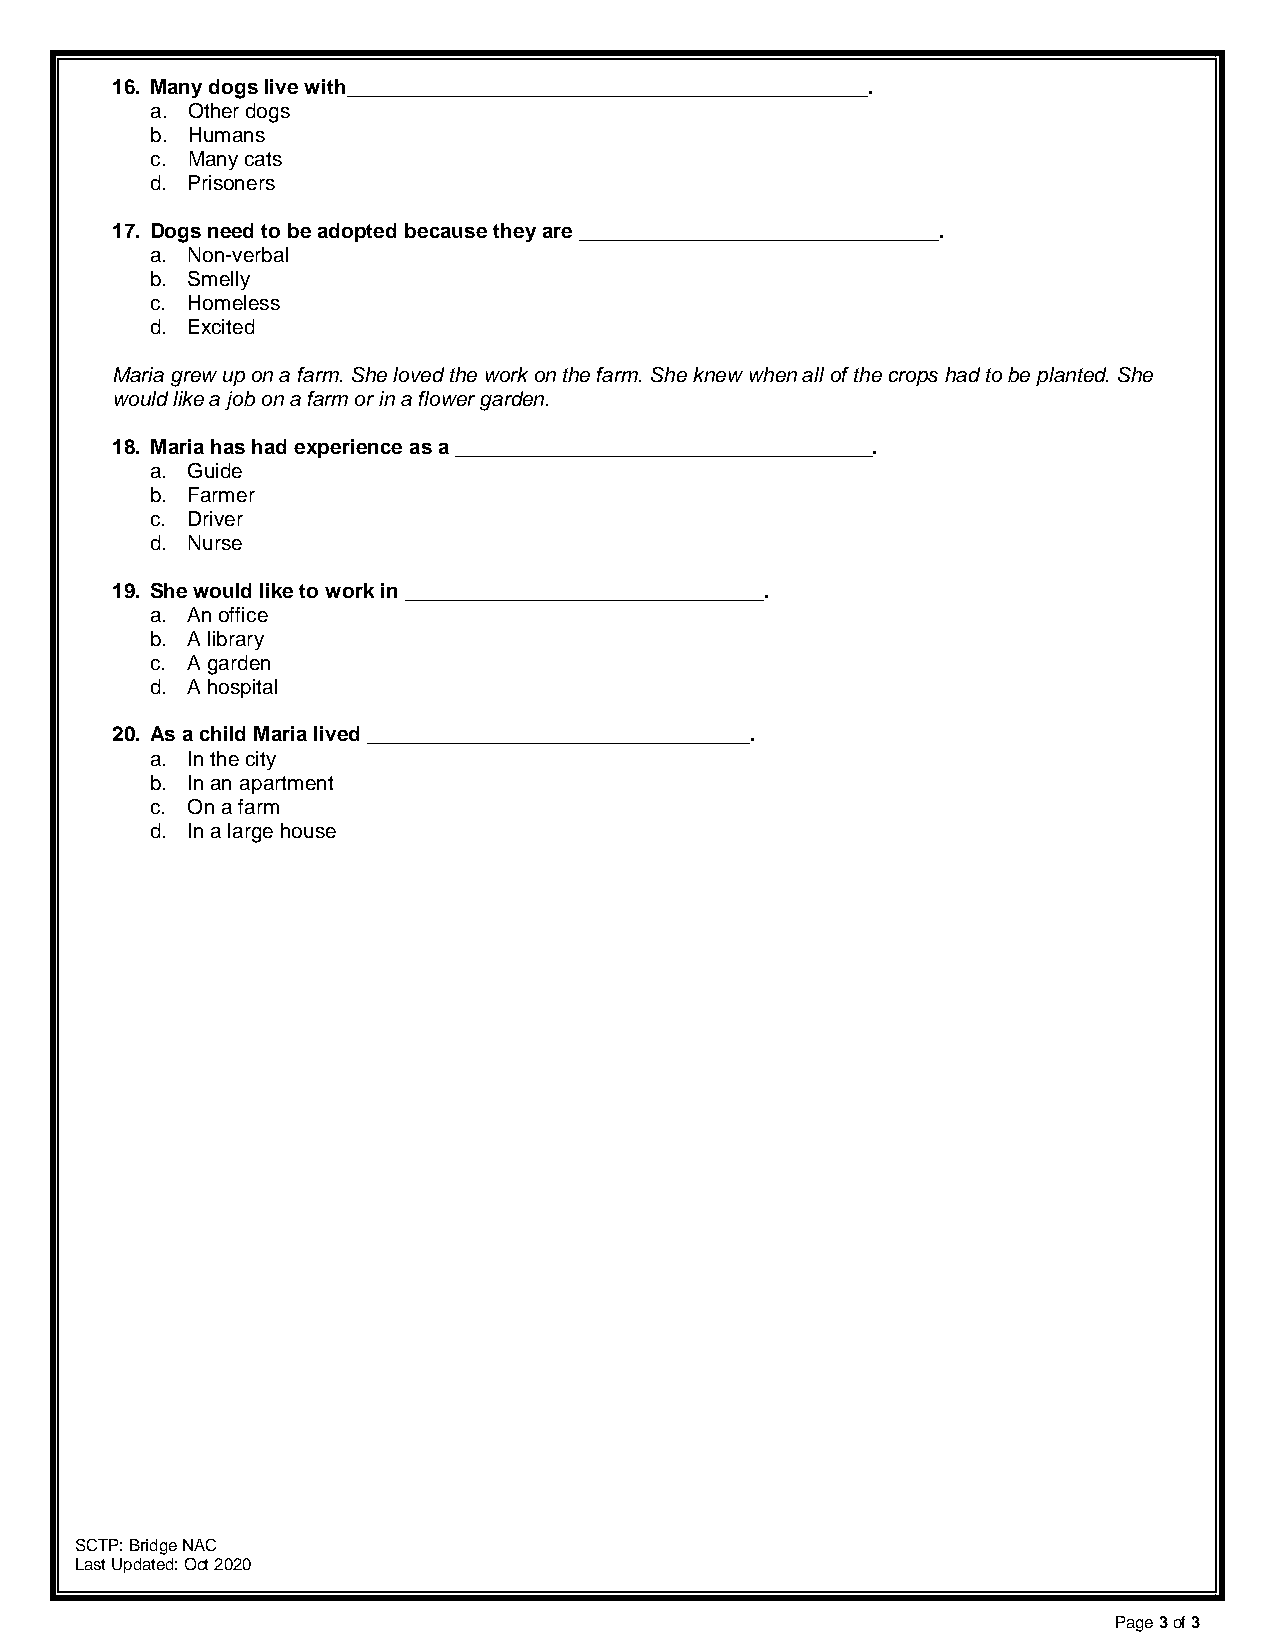
16. Many dogs live with_____________________________________________.
 a. Other dogs
 b. Humans
 c. Many cats
 d. Prisoners
 17. Dogs need to be adopted because they are _______________________________.
 a. Non-verbal
 b. Smelly
 c. Homeless
 d. Excited
 Maria grew up on a farm. She loved the work on the farm. She knew when all of the crops had to be planted. She
 would like a job on a farm or in a flower garden.
 18. Maria has had experience as a ____________________________________.
 a. Guide
 b. Farmer
 c. Driver
 d. Nurse
 19. She would like to work in _______________________________.
 a. An office
 b. A library
 c. A garden
 d. A hospital
 20. As a child Maria lived _________________________________.
 a. In the city
 b. In an apartment
 c. On a farm
 d. In a large house
 SCTP: Bridge NAC
 Last Updated: Oct 2020
 Page 3 of 3